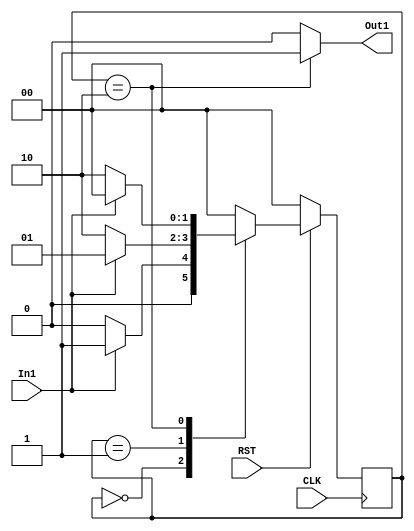
module FSM(
  input In1,
  input RST,
  input CLK, 
  output Out1
);

reg [1:0] current_state, next_state;
localparam [1:0] 
	a = 2'b00, b = 2'b01, c = 2'b10;
always @ (In1, current_state)
begin
		case (current_state)
			a: 
			begin
				next_state = (In1 == 0) ? a : b;
			end
			b:
			begin
				next_state = (In1 == 0) ? c : b;
			end
			c: 
			begin
				next_state = (In1 == 0) ? c : a;
			end
			default: 
			begin
				next_state = a;
			end
		endcase

end
always @ (posedge CLK)
begin
	if (RST == 0)
		current_state <= a;	
	else
		current_state <= next_state;
end
assign Out1 = (current_state == c) ? 1 : 0;
endmodule